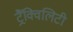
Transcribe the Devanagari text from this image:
ट्रैंक्विलिटी